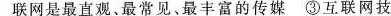
联网是最直观、最常见、最丰富的传媒③互联网技